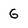
Character: G